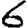
Digit: 6